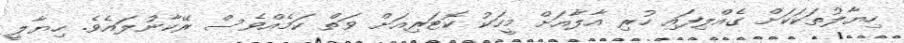
ހިޔާލުތަކަކަށް ގެއްލިފައި ހުރި އާލާއަށް މީހަކު ކޮޓަރިއަށް ވަތް ކަމެއްވެސް ރޭކާނުލައެވެ. ހިޔާލީ